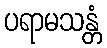
ပရာမသန္တံ